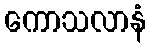
ကောသလာနံ